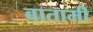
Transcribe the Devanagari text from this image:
बातामी